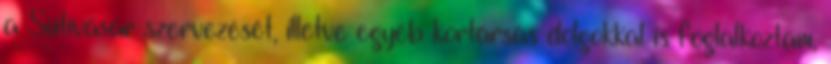
a Sütivásár szervezését, illetve egyéb kortársas dolgokkal is foglalkoztam,